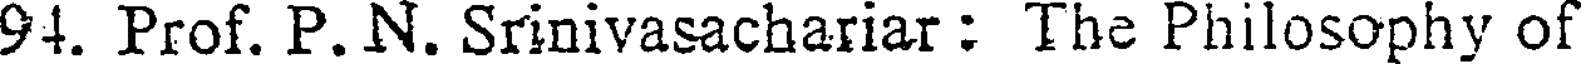
94. Prof. P. N. Srinivasachariar : The Philosophy of